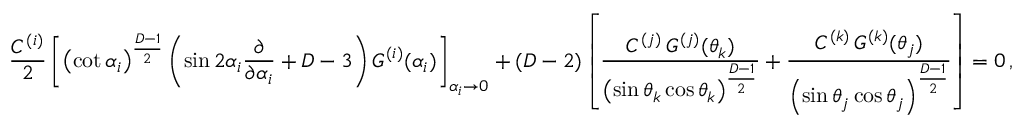
\frac { C ^ { ( i ) } } { 2 } \left[ \left( \cot \alpha _ { i } \right) ^ { \frac { D - 1 } { 2 } } \left( \sin 2 \alpha _ { i } \frac { \partial } { \partial \alpha _ { i } } + D - 3 \right) G ^ { ( i ) } ( \alpha _ { i } ) \right] _ { \alpha _ { i } \rightarrow 0 } + ( D - 2 ) \left[ \frac { C ^ { ( j ) } \, G ^ { ( j ) } ( \theta _ { k } ) } { \left( \sin \theta _ { k } \cos \theta _ { k } \right) ^ { \frac { D - 1 } { 2 } } } + \frac { C ^ { ( k ) } \, G ^ { ( k ) } ( \theta _ { j } ) } { \left( \sin \theta _ { j } \cos \theta _ { j } \right) ^ { \frac { D - 1 } { 2 } } } \right] = 0 \, ,